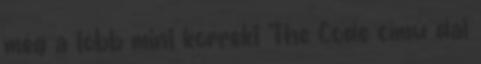
még a több mint korrekt The Code című dal